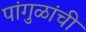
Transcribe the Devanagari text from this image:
पांगुळांची